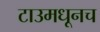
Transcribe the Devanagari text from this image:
टाउमधूनच